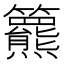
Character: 𥷾